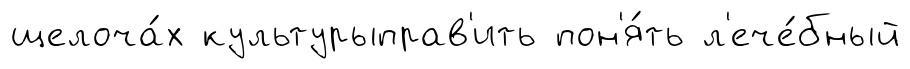
щелоча́х культурыправ'ить пон'я́ть л'ече́бный